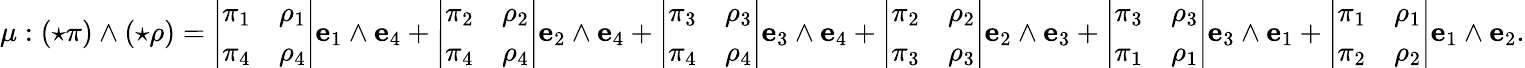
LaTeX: \mu:({\star}\pi)\wedge({\star}\rho)={\left|\begin{array}{ll}{\pi_{1}}&{\rho_{1}}\\ {\pi_{4}}&{\rho_{4}}\end{array}\right|}\mathbf{e}_{1}\wedge\mathbf{e}_{4}+{\left|\begin{array}{ll}{\pi_{2}}&{\rho_{2}}\\ {\pi_{4}}&{\rho_{4}}\end{array}\right|}\mathbf{e}_{2}\wedge\mathbf{e}_{4}+{\left|\begin{array}{ll}{\pi_{3}}&{\rho_{3}}\\ {\pi_{4}}&{\rho_{4}}\end{array}\right|}\mathbf{e}_{3}\wedge\mathbf{e}_{4}+{\left|\begin{array}{ll}{\pi_{2}}&{\rho_{2}}\\ {\pi_{3}}&{\rho_{3}}\end{array}\right|}\mathbf{e}_{2}\wedge\mathbf{e}_{3}+{\left|\begin{array}{ll}{\pi_{3}}&{\rho_{3}}\\ {\pi_{1}}&{\rho_{1}}\end{array}\right|}\mathbf{e}_{3}\wedge\mathbf{e}_{1}+{\left|\begin{array}{ll}{\pi_{1}}&{\rho_{1}}\\ {\pi_{2}}&{\rho_{2}}\end{array}\right|}\mathbf{e}_{1}\wedge\mathbf{e}_{2}.